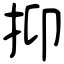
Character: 抑